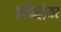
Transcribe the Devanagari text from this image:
एनिह्वेयर